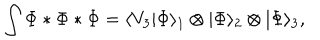
\int \Phi * \Phi * \Phi = \langle V _ { 3 } | \Phi \rangle _ { 1 } \otimes | \Phi \rangle _ { 2 } \otimes | \Phi \rangle _ { 3 } ,